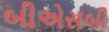
બીએસબી